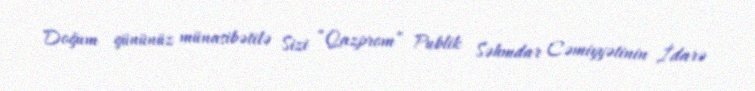
Doğum gününüz münasibətilə Sizi “Qazprom” Publik Səhmdar Cəmiyyətinin İdarə